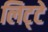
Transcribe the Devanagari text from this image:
लिट्‍टे